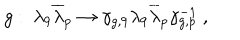
g : ~ \lambda _ { 9 } { \overline { { \lambda } } } _ { p } \rightarrow \gamma _ { g , 9 } \lambda _ { 9 } { \overline { { \lambda } } } _ { p } \gamma _ { g , p } ^ { - 1 } ~ ,